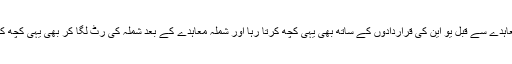
شملہ معاہدے سے قبل یو این کی قراردادوں کے ساتھ بھی یہی کچھ کرتا رہا اور شملہ معاہدے کے بعد شملہ کی رٹ لگا کر بھی یہی کچھ کرتا رہا۔